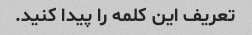
تعریف این کلمه را پیدا کنید.